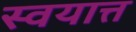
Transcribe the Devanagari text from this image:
स्वयात्त